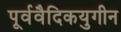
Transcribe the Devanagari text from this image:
पूर्ववैदिकयुगीन